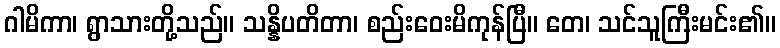
ဂါမိကာ၊ ရွာသားတို့သည်။ သန္နိပတိတာ၊ စည်းဝေးမိကုန်ပြီ။ တေ၊ သင်သူကြီးမင်း၏။